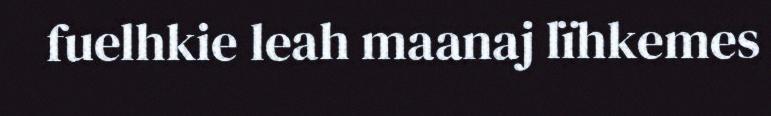
fuelhkie leah maanaj lïhkemes